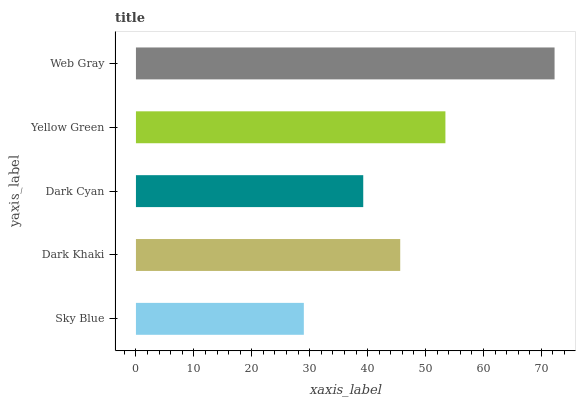
| yaxis_label | bars |
 | --- | --- |
 | Sky Blue | 29 |
 | Dark Khaki | 45.6 |
 | Dark Cyan | 39.2 |
 | Yellow Green | 53.4 |
 | Web Gray | 72.3 |